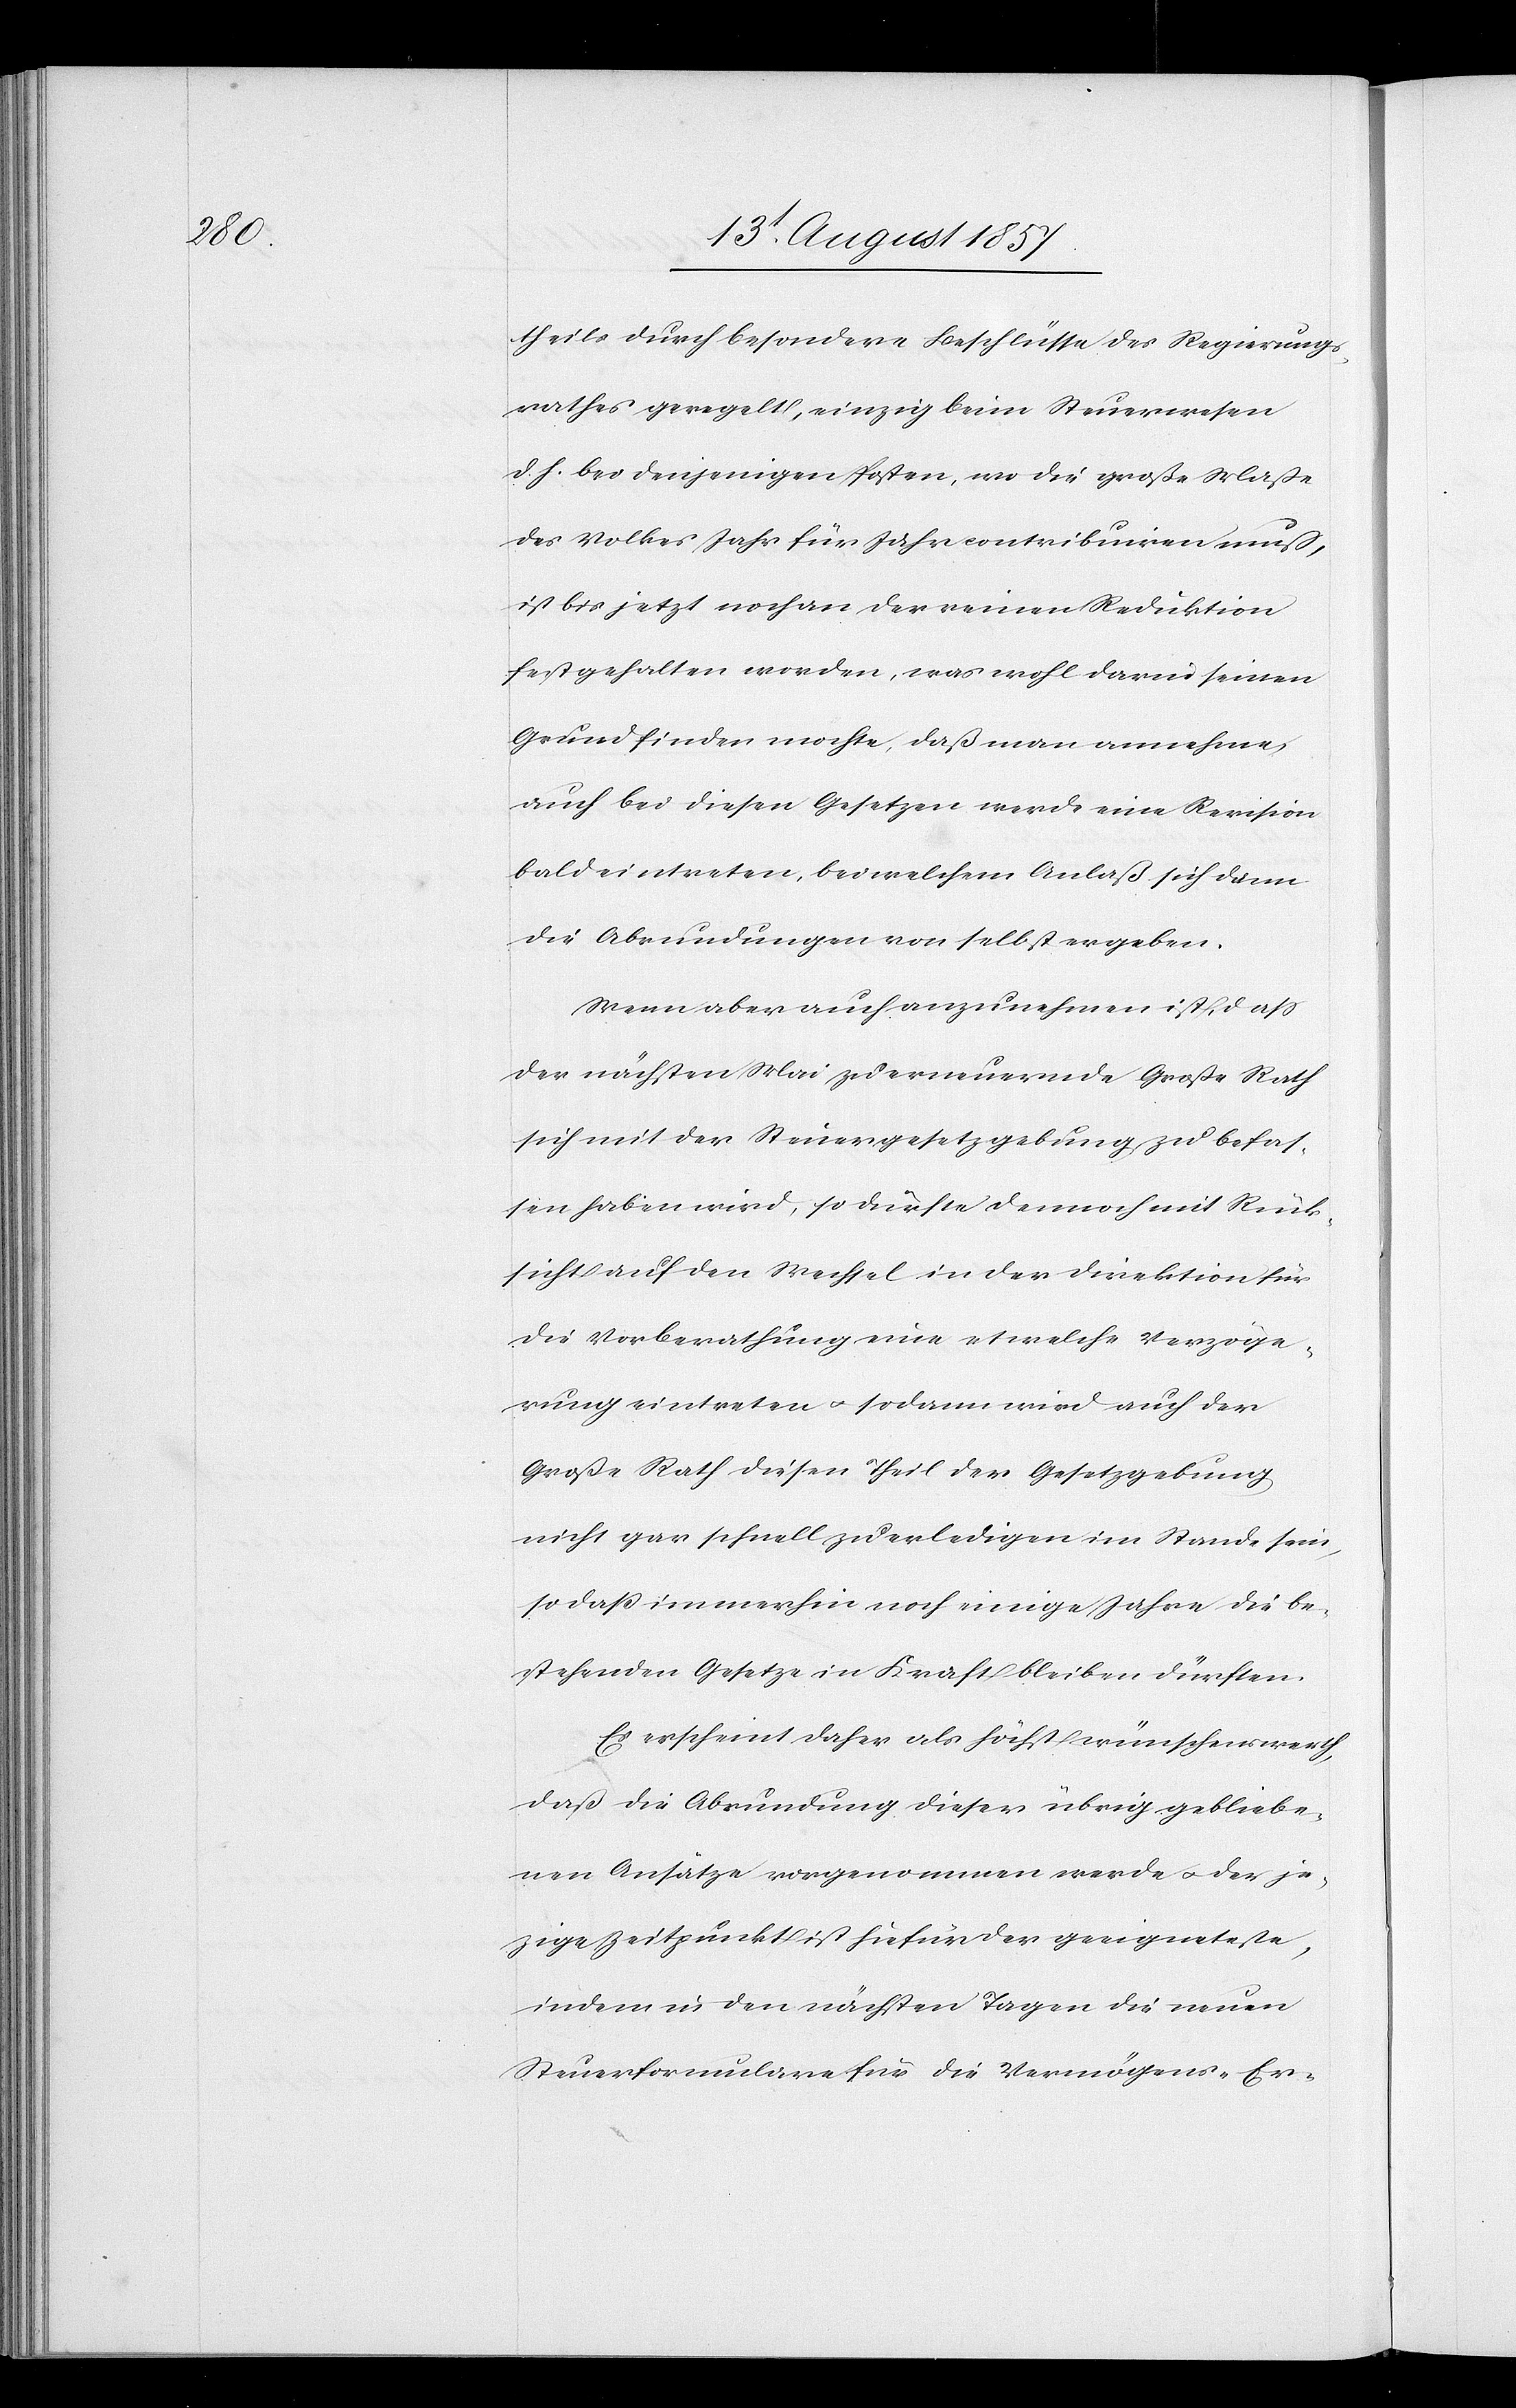
theils durch besondere Beschlüsse des Regierungs¬
rathes geregelt, einzig beim Steuerwesen
d. h. bei denjenigen Posten, wo die große Maße
des Volkes Jahr für Jahr contribuiren muß,
ist bis jetzt noch an der einen Reduktion
festgehalten worden, was wohl darin seinen
Grund finden mochte, daß man annehme,
auch bei diesen Gesetzen werde eine Revision
bald eintreten, bei welchem Anlaß sich dann
die Abrundungen von selbst ergeben.
Wenn aber auch anzunehmen ist, daß
der nächsten Mai zu erneuernde Große Rath
sich mit der Steuergesetzgebung zu befas¬
sen haben wird, so dürfte dennoch mit Rück¬
sicht auf den Wechsel in der Direktion für
die Vorberathung eine etwelche Verzöge¬
rung eintreten & sodann wird auch der
Große Rath diesen Theil der Gesetzgebung
nicht gar schnell zu erledigen im Stande sein,
so daß immerhin noch einige Jahre die be¬
stehenden Gesetze in Kraft bleiben dürfen.
Es erscheint daher als höchst wünschenswerth,
daß die Abrundung dieser übrig gebliebe¬
nen Ansätze vorgenommen werde & der je¬
zige [sic!] Zeitpunkt ist hiefür der geeigneteste,
indem in den nächsten Tagen die neuen
Steuerformulare für die Vermögens- Er-